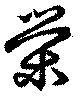
栄